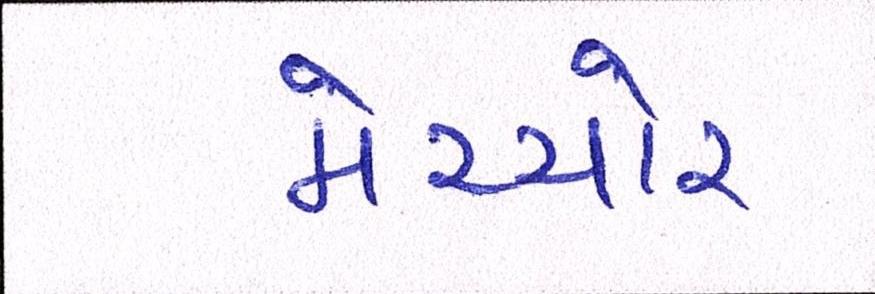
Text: મેચ્યોર